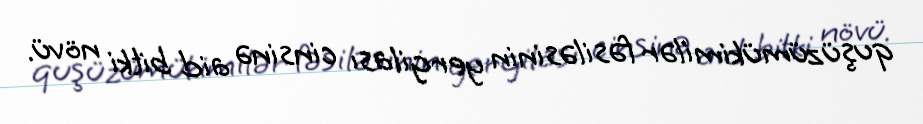
quşüzümükimilər fəsiləsinin yergilası cinsinə aid bitki növü.